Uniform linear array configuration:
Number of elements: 16
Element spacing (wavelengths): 1
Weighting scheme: uniform
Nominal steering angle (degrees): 30
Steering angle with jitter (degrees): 29.715
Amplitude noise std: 0.05
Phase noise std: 0.05

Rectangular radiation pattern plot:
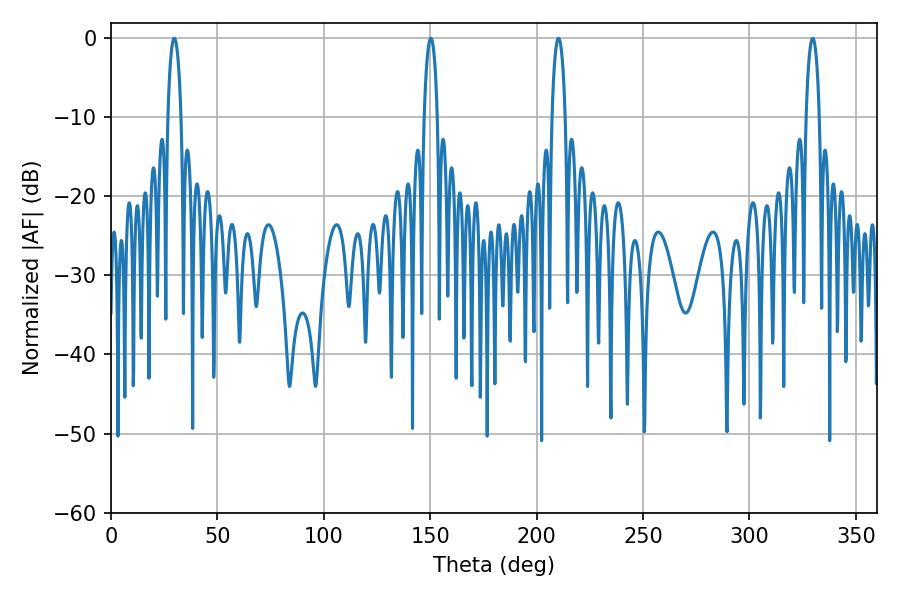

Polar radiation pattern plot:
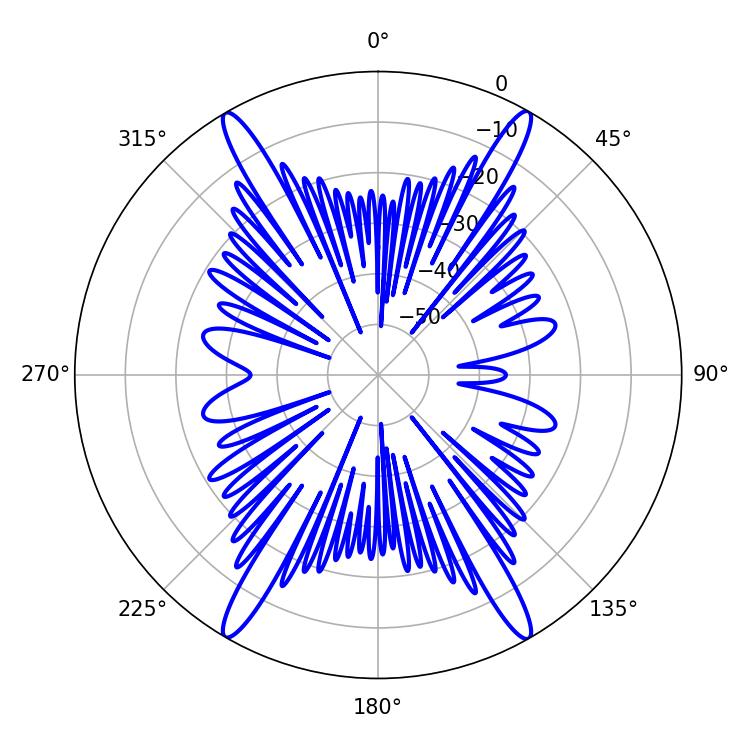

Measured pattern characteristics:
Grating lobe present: TRUE
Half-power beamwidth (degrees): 3.42
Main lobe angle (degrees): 29.7